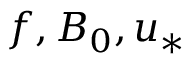
f , B _ { 0 } , u _ { * }